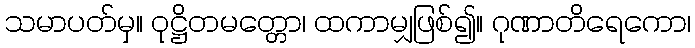
သမာပတ်မှ။ ဝုဋ္ဌိတမတ္တော၊ ထကာမျှဖြစ်၍။ ဂုဏာတိရေကော၊